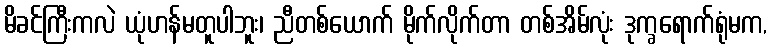
မိခင်ကြီးကလဲ ယုံဟန်မတူပါဘူး၊ ညီတစ်ယောက် မိုက်လိုက်တာ တစ်အိမ်လုံး ဒုက္ခရောက်ရုံမက,